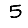
Digit: 5